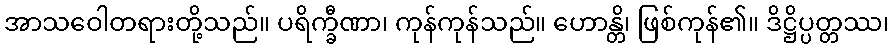
အာသဝေါတရားတို့သည်။ ပရိက္ခီဏာ၊ ကုန်ကုန်သည်။ ဟောန္တိ၊ ဖြစ်ကုန်၏။ ဒိဋ္ဌိပ္ပတ္တဿ၊